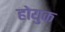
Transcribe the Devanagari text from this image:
होयुक